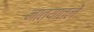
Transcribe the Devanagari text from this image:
नात्यातले